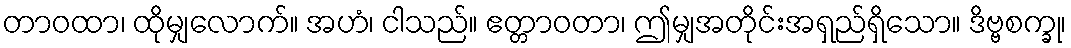
တာဝထာ၊ ထိုမျှလောက်။ အဟံ၊ ငါသည်။ ဧတ္တာဝတာ၊ ဤမျှအတိုင်းအရှည်ရှိသော။ ဒိဗ္ဗစက္ခု၊